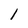
Character: l